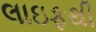
લાઇફથી